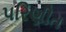
પરિણીત